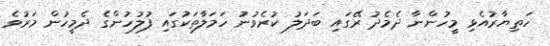
ހަތިޔާރުއެޅި މީހުންނާ ދެމެދު ރޭގައި ބަދަލު ކުރެވުނު ހަމަލާތަކުގައި ފުލުހުންގެ ދެމީހުން މަރުވެ